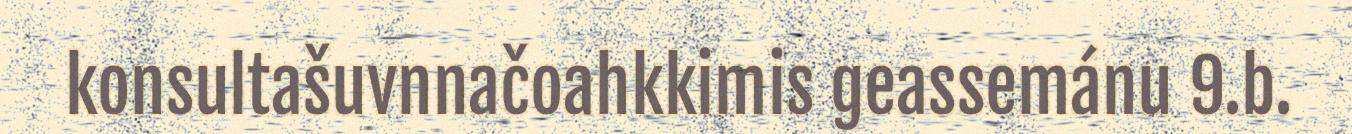
konsultašuvnnačoahkkimis geassemánu 9.b.